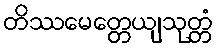
တိဿမေတ္တေယျသုတ္တံ